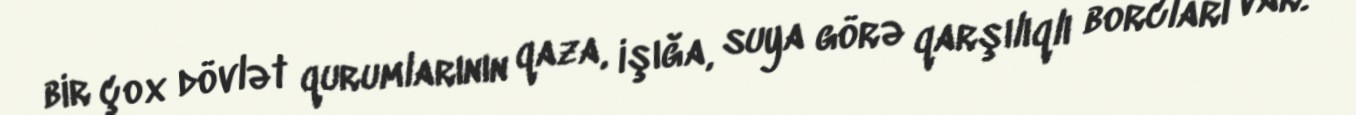
bir çox dövlət qurumlarının qaza, işığa, suya görə qarşılıqlı borcları var.